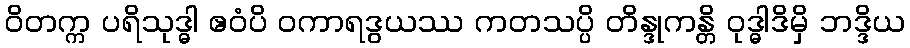
ဝိတက္က ပရိသုဒ္ဓါ ဧဝံပိ ဝကာရဒွယဿ ကတသပ္ပိ တိန္ဒုကန္တိ ဝုဒ္ဓါဒိမှိ ဘဒ္ဒိယ